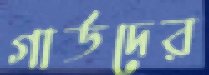
গার্ডদের